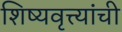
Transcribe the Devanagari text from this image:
शिष्यवृत्त्यांची